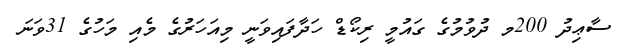
ސާޢިދު 200މ ދުވުމުގެ ގައުމީ ރިކޯޑް ހަދާފައިވަނީ މިއަހަރުގެ މެއި މަހުގެ 31ވަނަ